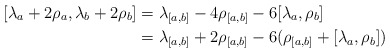
\begin{align*}[\lambda_a + 2\rho_a, \lambda_b + 2 \rho_b] &= \lambda_{[a,b]} - 4 \rho_{[a,b]} - 6 [\lambda_a, \rho_b] \cr&= \lambda_{[a,b]} + 2 \rho_{[a,b]} - 6(\rho_{[a,b]} + [\lambda_a,\rho_b])\end{align*}